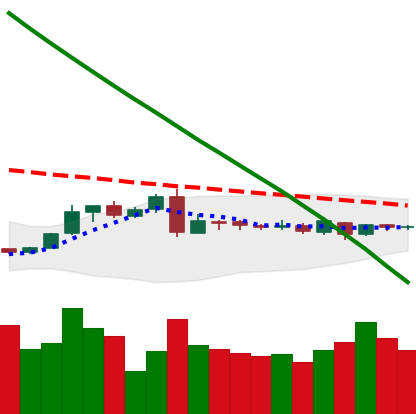
Ticker: XLM-USD
Chart end date: 2019-03-07
Forward return: 22.278%
Label: up_7plus